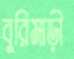
বুরিমাড়ী